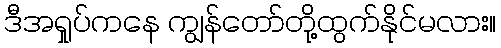
ဒီအရှုပ်ကနေ ကျွန်တော်တို့ထွက်နိုင်မလား။